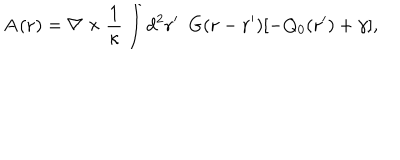
LaTeX: { \bf { A } } ( { \bf r } ) = { \bf \nabla } \times \frac { 1 } { \kappa } \int d ^ { 2 } { \bf { r ^ { \prime } } } ~ ~ G ( { { \bf r } - \bf { r ^ { \prime } } } ) [ - Q _ { 0 } ( { \bf { r ^ { \prime } } } ) + \gamma ] ,